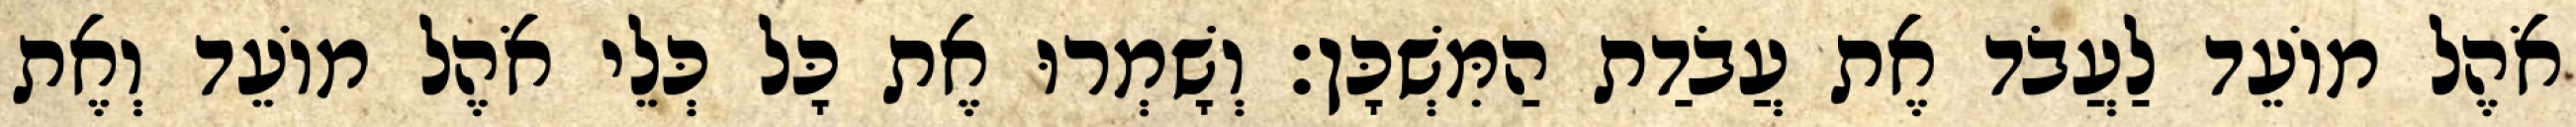
אֹהֶל מוֹעֵד לַעֲבֹד אֶת עֲבֹדַת הַמִּשְׁכָּן׃ וְשָׁמְרוּ אֶת כָּל כְּלֵי אֹהֶל מוֹעֵד וְאֶת